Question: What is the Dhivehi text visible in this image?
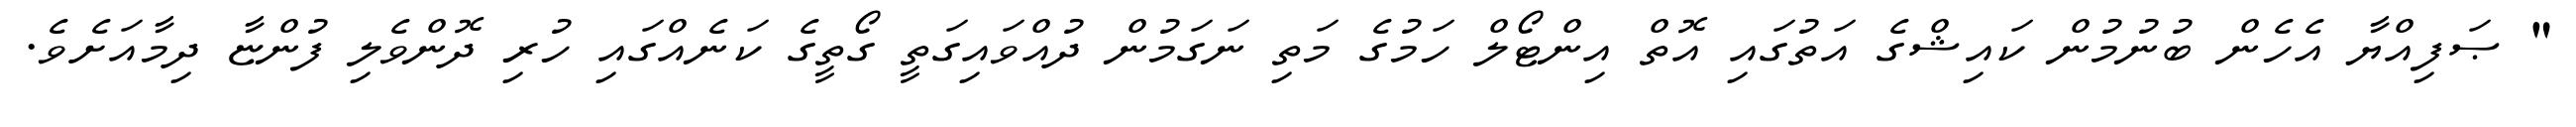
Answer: " ޞަފިއްޔާ އެހެން ބުނުމުން ކައިޝްގެ އަތުގައި އޮތް އިންޓޯލް ހަމުގެ މަތި ނަގަމުން ދުއްވައިގަތީ ގޯތީގެ ކަނެއްގައި ހުރި ދޮންވެލި ފުންޏާ ދިމާއަށެވެ.